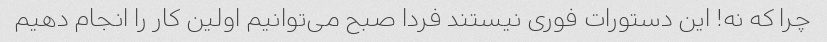
چرا که نه! این دستورات فوری نیستند فردا صبح می‌توانیم اولین کار را انجام دهیم